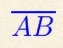
\overline{AB}